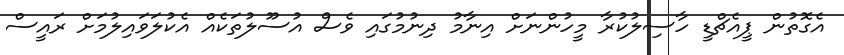
އެގޮތުން ޕީއެޗްޑީ ހާސިލުކުރާ މީހުންނަށް އިނާމު ދިނުމުގައި ވެސް އުސޫލުތަކެއް އެކުލަވައިލުމަށް ރައީސް